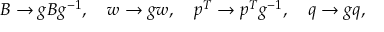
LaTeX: B \rightarrow g B g ^ { - 1 } , \quad w \rightarrow g w , \quad p ^ { T } \rightarrow p ^ { T } g ^ { - 1 } , \quad q \rightarrow g q ,